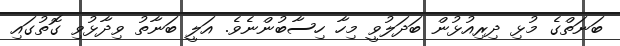
ބަނަތްގެ މުޅި ދިރިއުޅުން ބަދަލުވީ މިހާ ހިސާބުންނެވެ. އަލީ ބަނާތު ވިދާޅުވި ގޮތުގައި